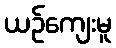
ယဉ်ကျေးမူ